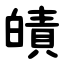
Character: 皟